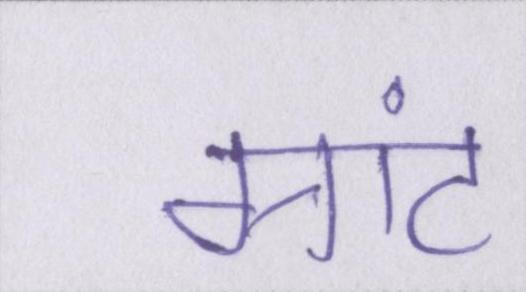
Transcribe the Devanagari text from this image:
ग्रांट